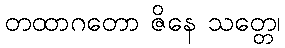
တထာဂတော ဇိနေ သတ္တေ၊